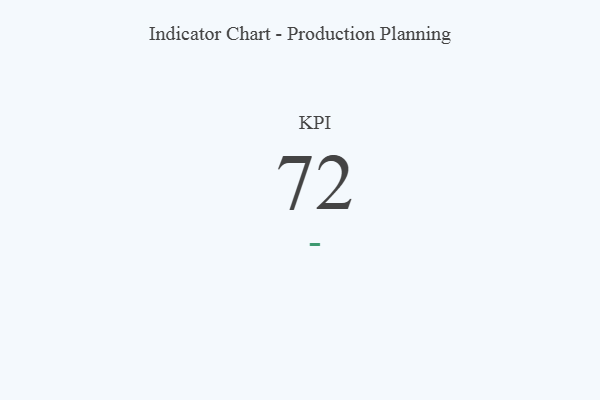
{"axis": {"x": "KPI", "y": "Value"}, "legend": [""], "data": [{"x": "KPI", "y": 72, "type": ""}]}